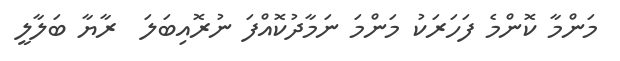
މަންމާ ކޮންމެ ފަހަރަކު މަންމަ ނަމާދުކޮއްފަ ނުރޮއިބަލަ  ރާޔާ ބަލާލީ